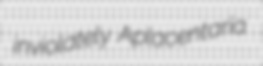
inviolately Aplacentaria